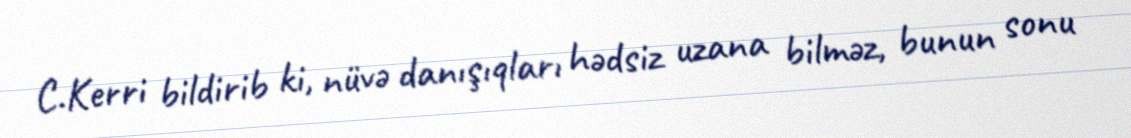
C.Kerri bildirib ki, nüvə danışıqları hədsiz uzana bilməz, bunun sonu